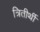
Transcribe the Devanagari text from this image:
त्रितीर्थी